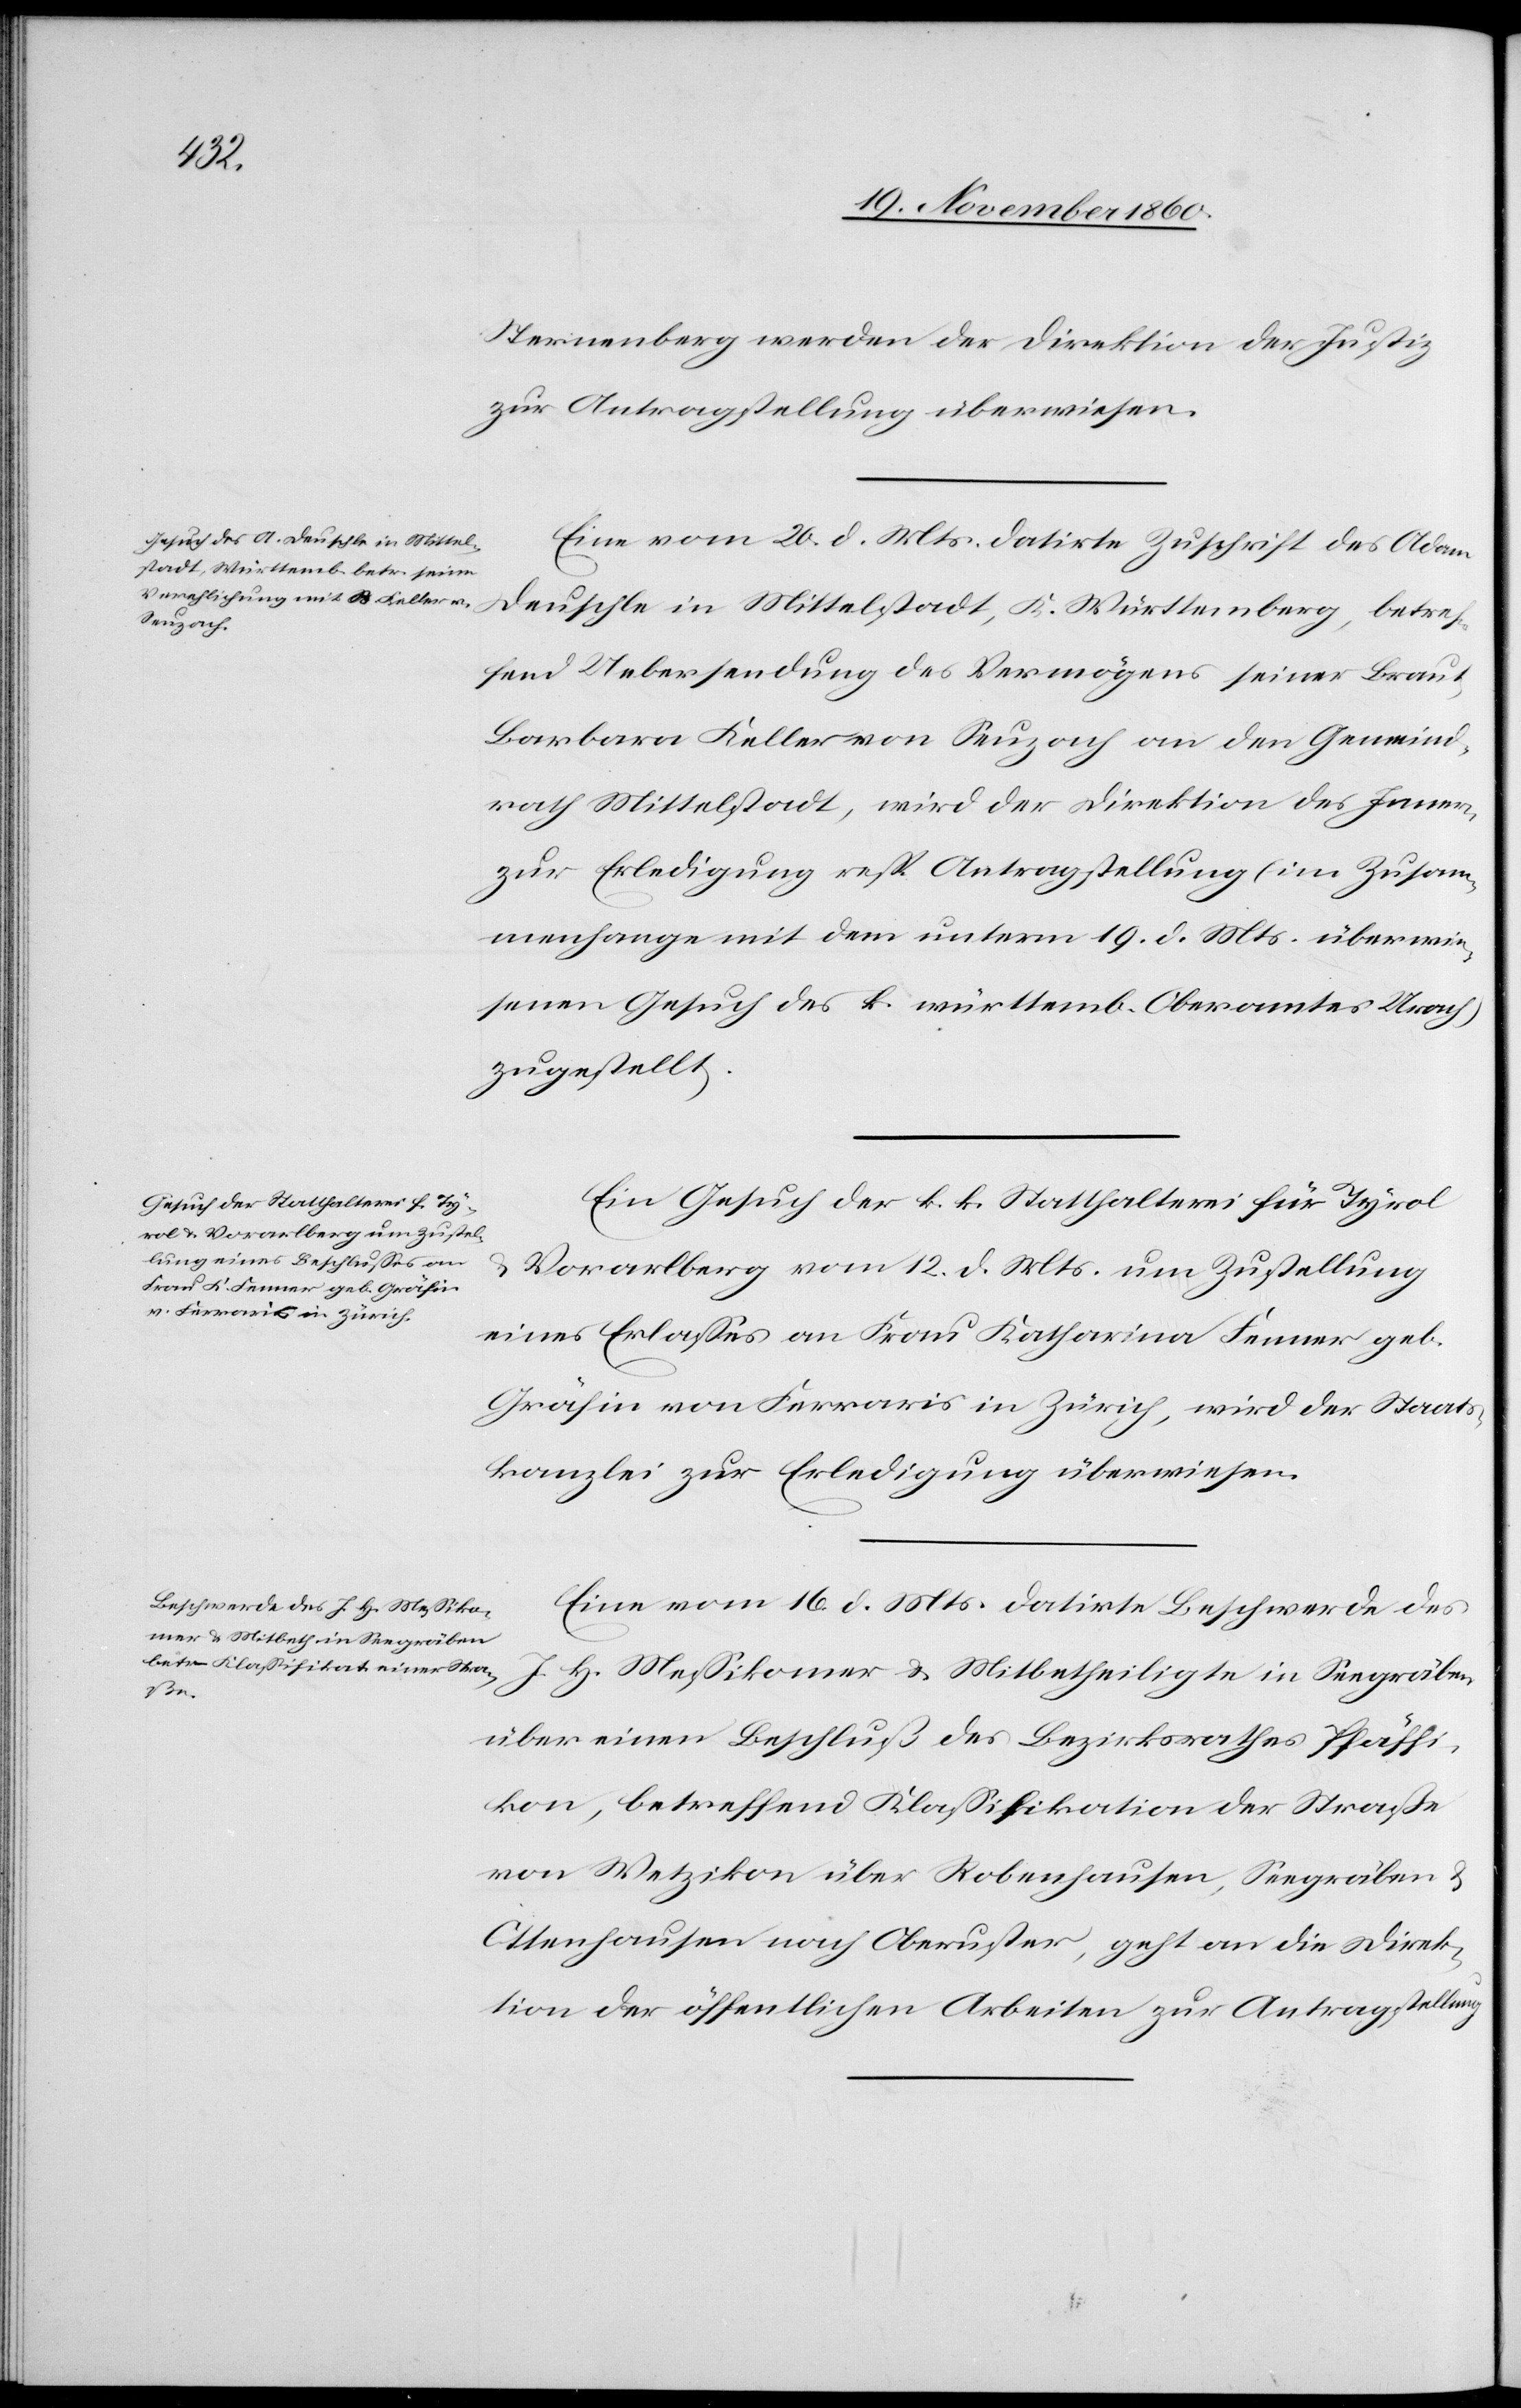
23. November
Sternenberg werden der Direktion der Justiz
zur Antragstellung überwiesen.
Eine vom 20. d. Mts. datirte Zuschrift des Adam
fend Uebersendung des Vermögens seiner Braut
Barbara Keller von Seuzach an den Gemeind¬
rath Mittelstadt, wird der Direktion des Innern
zur Erledigung resp. Antragstellung (im Zusam¬
menhange mit dem unterm 19. d. Mts. überwie¬
senen Gesuch des k. württemb. Oberamtes Urach)
zugestellt.
Ein Gesuch der k. k. Statthalterei für Tyrol
Vorarlberg vom 12. d. Mts. um Zustellung
eines Erlasses an Frau Katharina Fenner geb.
Gräfin von Ferraris in Zürich, wird der Staats¬
kanzlei zur Erledigung überwiesen.
Eine vom 16. d. Mts. datirte Beschwerde des
J. H. Messikomer u. Mitbetheiligte in Seegräben
den
über einen Beschluß des Bezirksrathes Pfäffi¬
kon, betreffend Klassifikation der Straße
von Wetzikon über Robenhausen, Seegräben u.
Ottenhausen nach Oberuster, geht an die Direk¬
tion der öffentlichen Arbeiten zur Antragstellung.